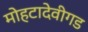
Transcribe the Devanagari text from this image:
मोहटादेवीगड